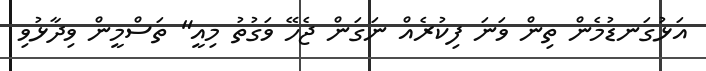
އަޅުގަނޑުމެން ތިން ވަނަ ފިކުރެއް ނަގަން ޖެހޭ ވަގުތު މިއީ" ތަސްމީން ވިދާޅުވި